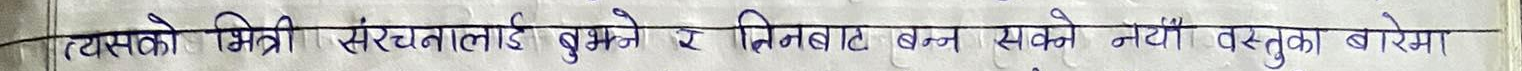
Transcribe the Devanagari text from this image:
त्यसको भित्री संरचनालाई बुझ्ने र यिनबाट बन्न सक्ने नयाँ वस्तुका बारेमा